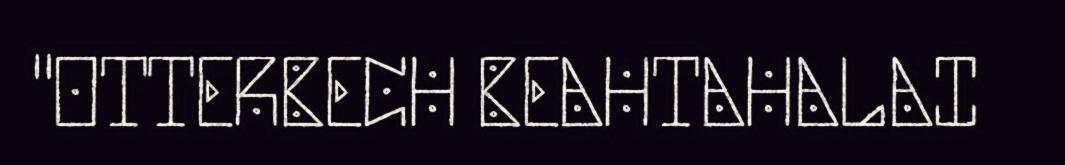
"OTTERBECH BEAHTAHALAI